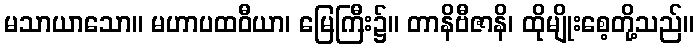
မသာယာသော။ မဟာပထဝီယာ၊ မြေကြီး၌။ တာနိဗီဇာနိ၊ ထိုမျိုးစေ့တို့သည်။